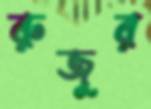
রুজুর